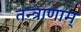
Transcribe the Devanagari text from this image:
तन्त्राणाम्